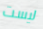
ليست